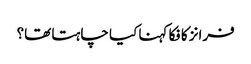
فرانز کافکا کہنا کیا چاہتا تھا؟